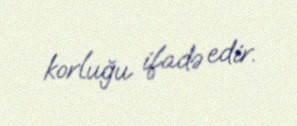
korluğu ifadə edir.